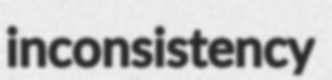
inconsistency